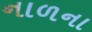
નાળના